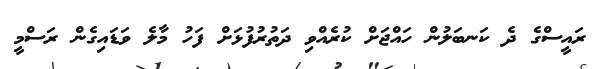
ރައީސްގެ ދެ ކަނބަލުން ހައްޖަށް ކުރެއްވި ދަތުރުފުޅަށް ފަހު މާލެ ވަޑައިގެން ރަސްމީ